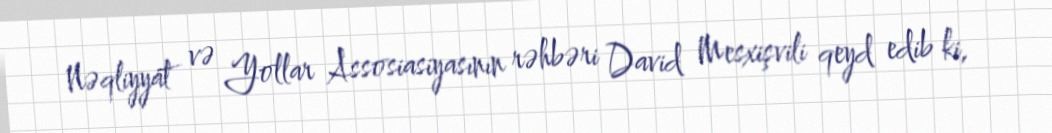
Nəqliyyat və Yollar Assosiasiyasının rəhbəri David Mesxişvili qeyd edib ki,